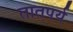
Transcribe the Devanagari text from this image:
तातपर्य